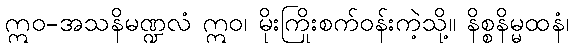
ဣဝ-အသနိမဏ္ဍလံ ဣဝ၊ မိုးကြိုးစက်ဝန်းကဲ့သို့။ နိစ္စနိမ္မထနံ၊